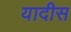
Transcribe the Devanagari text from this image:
यादीस